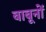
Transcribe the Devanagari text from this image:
बाबूनों